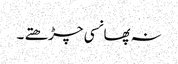
نہ پھانسی چڑھتے ۔